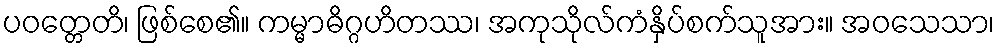
ပဝတ္တေတိ၊ ဖြစ်စေ၏။ ကမ္မာဓိဂ္ဂဟိတဿ၊ အကုသိုလ်ကံနှိပ်စက်သူအား။ အဝသေသာ၊